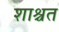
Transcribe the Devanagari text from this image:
शाश्चत